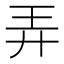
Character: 弄